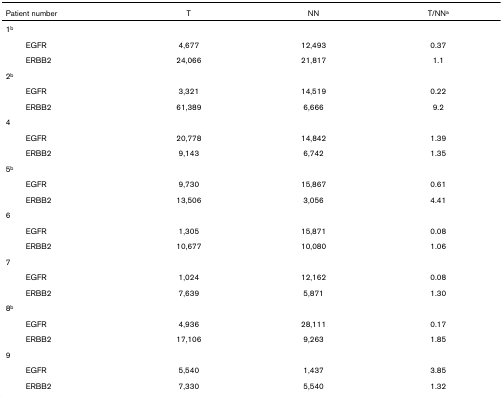
<table><thead><tr><td><b>Patient number</b></td><td><b>T</b></td><td><b>NN</b></td><td><b>T/NN<sup>a</sup></b></td></tr></thead><tbody><tr><td>1<sup>b</sup></td><td></td><td></td><td></td></tr><tr><td>EGFR</td><td>4,677</td><td>12,493</td><td>0.37</td></tr><tr><td>ERBB2</td><td>24,066</td><td>21,817</td><td>1.1</td></tr><tr><td>2<sup>b</sup></td><td></td><td></td><td></td></tr><tr><td>EGFR</td><td>3,321</td><td>14,519</td><td>0.22</td></tr><tr><td>ERBB2</td><td>61,389</td><td>6,666</td><td>9.2</td></tr><tr><td>4</td><td></td><td></td><td></td></tr><tr><td>EGFR</td><td>20,778</td><td>14,842</td><td>1.39</td></tr><tr><td>ERBB2</td><td>9,143</td><td>6,742</td><td>1.35</td></tr><tr><td>5<sup>b</sup></td><td></td><td></td><td></td></tr><tr><td>EGFR</td><td>9,730</td><td>15,867</td><td>0.61</td></tr><tr><td>ERBB2</td><td>13,506</td><td>3,056</td><td>4.41</td></tr><tr><td>6</td><td></td><td></td><td></td></tr><tr><td>EGFR</td><td>1,305</td><td>15,871</td><td>0.08</td></tr><tr><td>ERBB2</td><td>10,677</td><td>10,080</td><td>1.06</td></tr><tr><td>7</td><td></td><td></td><td></td></tr><tr><td>EGFR</td><td>1,024</td><td>12,162</td><td>0.08</td></tr><tr><td>ERBB2</td><td>7,639</td><td>5,871</td><td>1.30</td></tr><tr><td>8<sup>b</sup></td><td></td><td></td><td></td></tr><tr><td>EGFR</td><td>4,936</td><td>28,111</td><td>0.17</td></tr><tr><td>ERBB2</td><td>17,106</td><td>9,263</td><td>1.85</td></tr><tr><td>9</td><td></td><td></td><td></td></tr><tr><td>EGFR</td><td>5,540</td><td>1,437</td><td>3.85</td></tr><tr><td>ERBB2</td><td>7,330</td><td>5,540</td><td>1.32</td></tr></tbody></table>